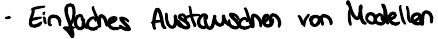
- Einfaches Austauschen von Modellen